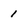
Character: 1